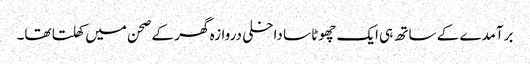
برآمدے کے ساتھ ہی ایک چھوٹا سا داخلی دروازہ گھر کے صحن میں کھلتا تھا۔